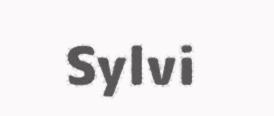
Sylvi